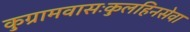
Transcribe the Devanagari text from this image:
कुग्रामवासःकुलहिनसेवा